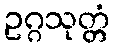
ဥဂ္ဂသုတ္တံ